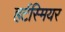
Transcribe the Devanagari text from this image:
हर्टस्मियर